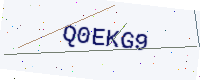
Text: Q0EKG9